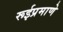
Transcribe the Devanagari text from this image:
रूईप्रमाणे